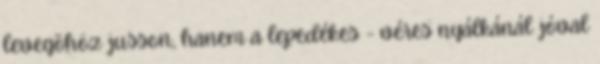
levegõhöz jusson, hanem a lepedékes - véres nyálkánál jóval